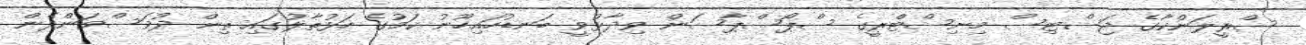
ސްރީލަންކާގެ ޖަސްޓިސް މިނިސްޓްރީގެ ސްޕޯސްޕާސަން ވިދާޅުވީ ބަނޑުހައިހޫނު ކަމުގެ ހަޅުތާލުގައި ތިން ދުވަސްވަންދެން